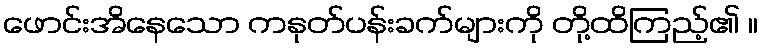
ဖောင်းအိနေသော ကနုတ်ပန်းခက်များကို တို့ထိကြည့်၏ ။